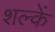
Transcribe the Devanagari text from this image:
शल्कें